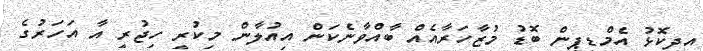
އިދިކޮޅު އެމްޑީޕީން ބޮޑު މުޒާހަރާއެއް ބާއްވާނެކަން އިއުލާން މިކުރީ ހިޖުރީ އާ އަހަރުގެ